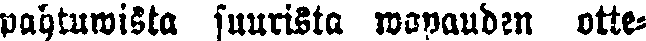
pahtuwista suurista wapauden otte-